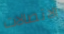
الاتصالات